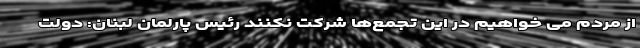
از مردم می خواهیم در این تجمع‌ها شرکت نکنند رئیس پارلمان لبنان: دولت